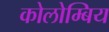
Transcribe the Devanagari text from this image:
कोलोम्बिय